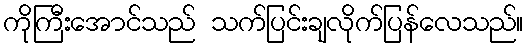
ကိုကြီးအောင်သည် သက်ပြင်းချလိုက်ပြန်လေသည်။